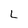
Character: L